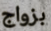
بزواج